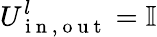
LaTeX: U_{\mathrm{~i~n~,~o~u~t~}}^{l}=\mathbb{I}